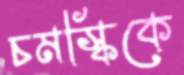
চমস্কিকে